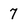
Character: 7